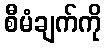
စီမံချက်ကို